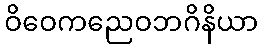
ဝိဝေကညေဝဘဂိနိယာ